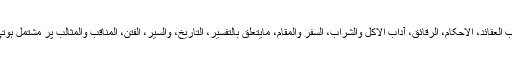
یہ کتب العقائد، الاحکام، الرقائق، آداب الاکل والشراب، السفر والمقام، مایتعلق بالتفسیر، التاریخ، والسیر، الفتن، المناقب والمثالب پر مشتمل ہوتی ہیں۔